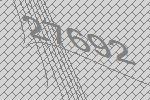
27692